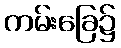
ကမ်းခြေ၌